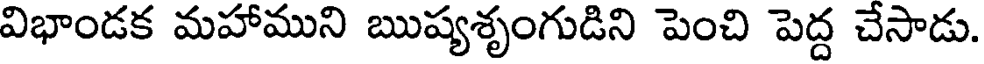
విభాండక మహాముని ఋష్యశృంగుడిని పెంచి పెద్ద చేసాడు.